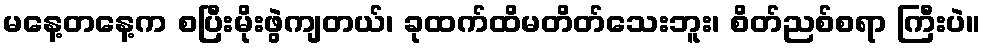
မနေ့တနေ့က စပြီးမိုးဖွဲကျတယ်၊ ခုထက်ထိမတိတ်သေးဘူး၊ စိတ်ညစ်စရာ ကြီးပဲ။